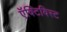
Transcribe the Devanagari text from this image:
ऍक्टिविस्ट